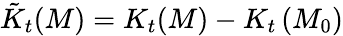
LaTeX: \tilde{K}_{t}(M)=K_{t}(M)-K_{t}\left(M_{0}\right)